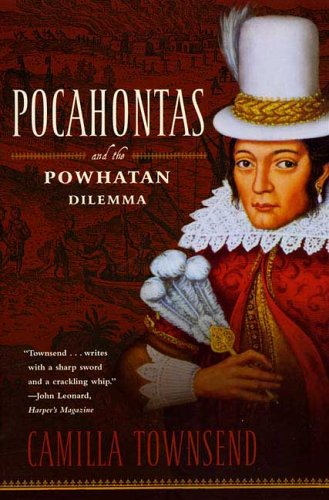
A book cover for Pocahontas and the Powhatan Dilemma: The American Portraits Series; Camilla Townsend; Biographies & Memoirs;